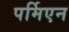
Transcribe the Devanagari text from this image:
पर्मिएन